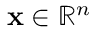
\mathbf { x } \in { \mathbb { R } } ^ { n }